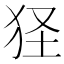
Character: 㹩